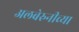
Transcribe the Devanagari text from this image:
अलबेरुनीच्या